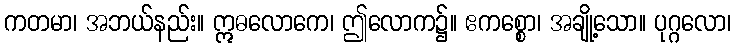
ကတမာ၊ အဘယ်နည်း။ ဣဓလောကေ၊ ဤလောက၌။ ဧကစ္စော၊ အချို့သော။ ပုဂ္ဂလော၊